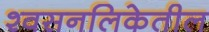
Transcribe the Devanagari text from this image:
श्वसनलिकेतील